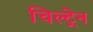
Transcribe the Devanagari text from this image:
चिल्ट्रेन